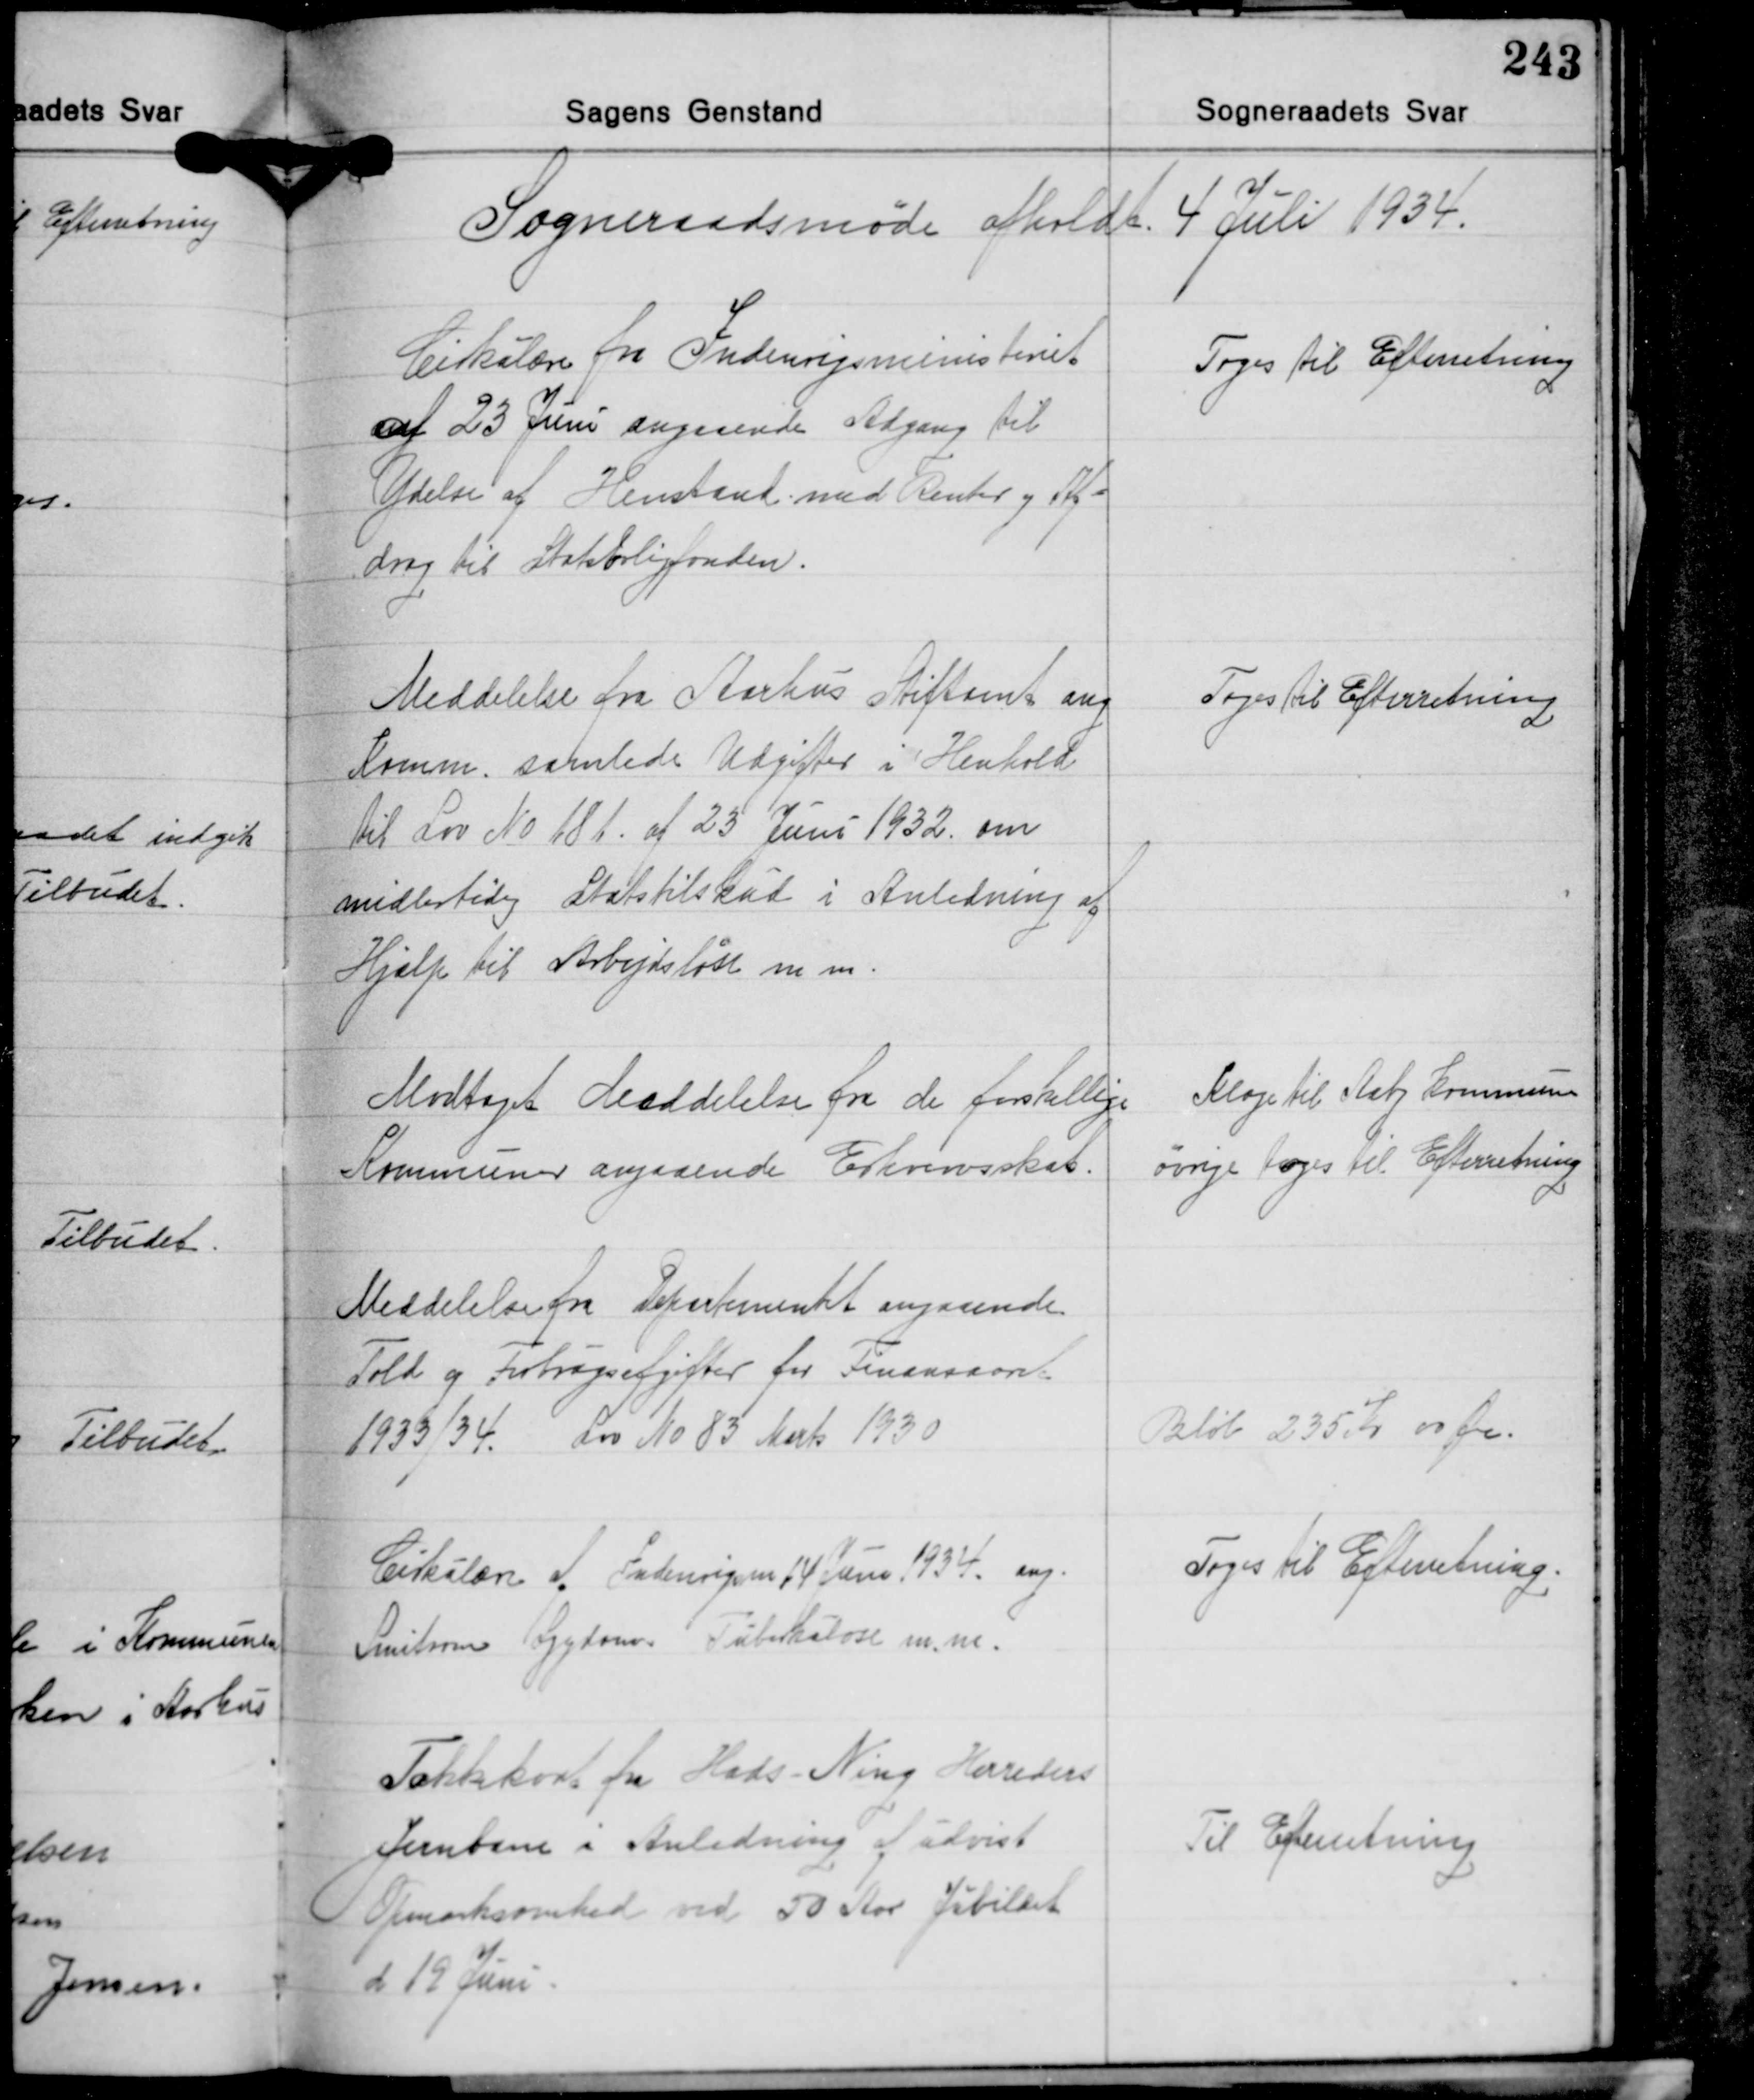
Transskription:
Sogneraadsmøde afholdt 4 Juli 1934.

Cirkulære fra Indenrigsministeriet
af 23 Juni angaaende Adgang til
Ydelse af Henstand med Renter og Af-
drag til Statsboligfonden.

Toges til Efterretning

Meddelelse fra Aarhus Stiftamt ang.
Komm. samlede Udgifter i Henhold
til Lov No 181 af 23 Juni 1932 om
midlertidig Statstilskud i Anledning af
Hjælp til Arbejdsløse m.m.

Toges Til Efterretning.

Modtaget Meddelelse fra de forskellige
Kommuner angaaende Erhvervsskat.

Klage til Aaby Kommune
øvrige toges til Efterretning

Meddelelse fra Departementet angaaende
Told og Forbrugsafgifter for Finansaaret
1933/34. Lov No 83 Marts 1930

Beløb 235 Kr 00 Øre.

Cikulære af Indenrigsm. 14 Juni 1934 ang.
Smitsom Sygdom. Tuberkulose m.m.

Toges til Efterretning.

Takkekort fra Hads-Ning Herreders
Jernbane i Anledning af udvist
Opmærksomhed ved 50 Aar Jubilæet
d 19 Juni

Til Efterretning